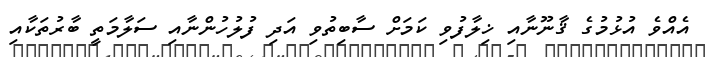
އެއްވެ އުޅުމުގެ ޤާނޫނާއި ޚިލާފުވި ކަމަށް ސާބިތުވި އަދި ފުލުހުންނާއި ސަލާމަތީ ބާރުތަކާއި